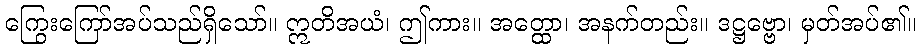
ကြွေးကြော်အပ်သည်ရှိသော်။ ဣတိအယံ၊ ဤကား။ အတ္ထော၊ အနက်တည်း။ ဒဋ္ဌဗ္ဗော၊ မှတ်အပ်၏။